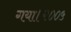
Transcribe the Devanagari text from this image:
गया।२००५